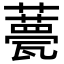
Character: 𧂛